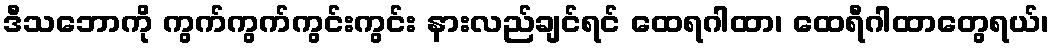
ဒီသဘောကို ကွက်ကွက်ကွင်းကွင်း နားလည်ချင်ရင် ထေရဂါထာ၊ ထေရီဂါထာတွေရယ်၊